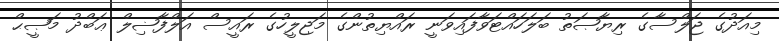
މިއަދުގެ ޖަލްސާގެ ރިޔާޞަތު ބަލަހައްޓަވާފައިވަނީ ރައްޔިތުންގެ މަޖިލީހުގެ ރައީސް އަލްފާޟިލް ޢަބްދު މަޞީޙް